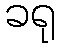
ခရု